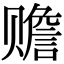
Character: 赡